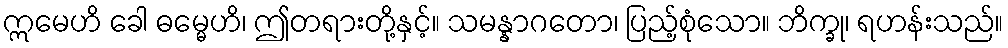
ဣမေဟိ ခေါ ဓမ္မေဟိ၊ ဤတရားတို့နှင့်။ သမန္နာဂတော၊ ပြည့်စုံသော။ ဘိက္ခု၊ ရဟန်းသည်။